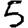
Digit: 5